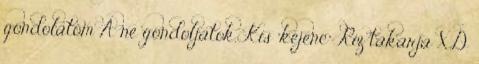
gondolatom Á ne gondoljátok. Kis "kéjenc" Ríz takarja XD